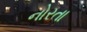
નોરતા